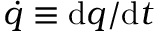
{ \dot { q } } \equiv \mathrm { d } q / \mathrm { d } t